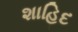
શાહિદ